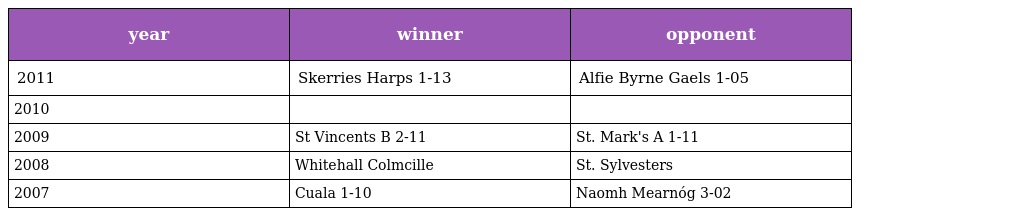
| year | winner | opponent |
 | --- | --- | --- |
 | 2011 | Skerries Harps 1-13 | Alfie Byrne Gaels 1-05 |
 | 2010 |  |  |
 | 2009 | St Vincents B 2-11 | St. Mark's A 1-11 |
 | 2008 | Whitehall Colmcille | St. Sylvesters |
 | 2007 | Cuala 1-10 | Naomh Mearnóg 3-02 |